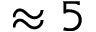
\approx 5